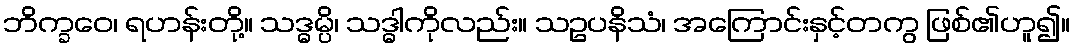
ဘိက္ခဝေ၊ ရဟန်းတို့။ သဒ္ဓမ္ပိ၊ သဒ္ဓါကိုလည်း။ သဥပနိသံ၊ အကြောင်းနှင့်တကွ ဖြစ်၏ဟူ၍။